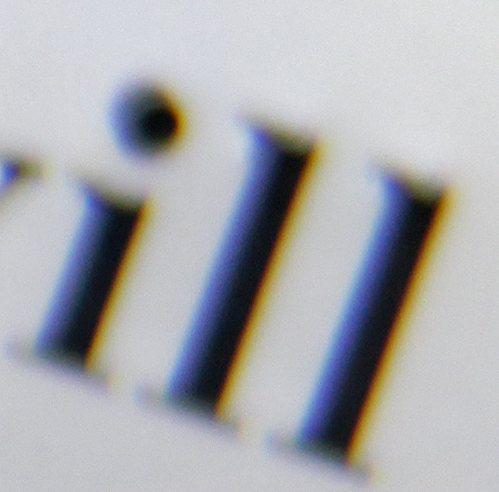
ill